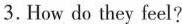
3.How do they feel?